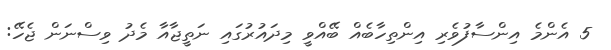
5 އެންމެ އިންސާފުވެރި އިންތިހާބެއް ބޭއްވީ މިދައުރުގައި ނަތީޖާއާ މެދު ވިސްނަން ޖެހޭ: